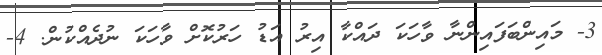
3- މައިންބަފައިންނާ ވާހަކަ ދައްކާ އިރު އަޑު ހަރުކޮށް ވާހަކަ ނުދެއްކުން. 4-